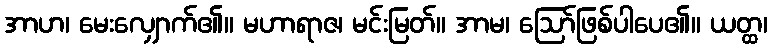
အာဟ၊ မေးလျှောက်၏။ မဟာရာဇ၊ မင်းမြတ်။ အာမ၊ ဩော်ဖြစ်ပါပေ၏။ ယတ္ထ၊